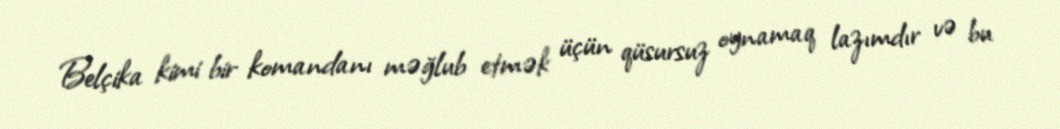
Belçika kimi bir komandanı məğlub etmək üçün qüsursuz oynamaq lazımdır və bu